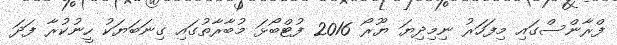
ފްރާންސްގައި މިފަހަރު ނިމިދިޔަ ޔޫރޯ 2016 ފުޓްބޯޅަ މުބާރާތުގައި ގިނަބަޔަކު ހީނުކުރާ ފަދަ